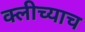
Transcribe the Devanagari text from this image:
क्लीच्याच